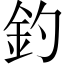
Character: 釣